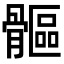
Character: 𩪍